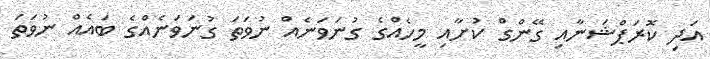
އަދި ކޮރަޕްޝަނާއި ގޭންގް ކުށާއި މީހެއްގެ ގުނަވަނެއް ނުވަތަ ގުނަވަނެއްގެ ބައެއް ނުވަތަ